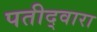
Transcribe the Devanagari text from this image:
पतीद्वारा